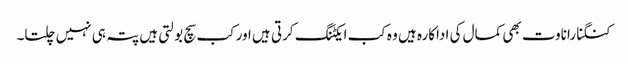
کنگنا راناوت بھی کمال کی اداکارہ ہیں وہ کب ایکٹنگ کرتی ہیں اور کب سچ بولتی ہیں پتہ ہی نہیں چلتا۔